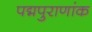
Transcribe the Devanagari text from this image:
पद्मपुराणांक